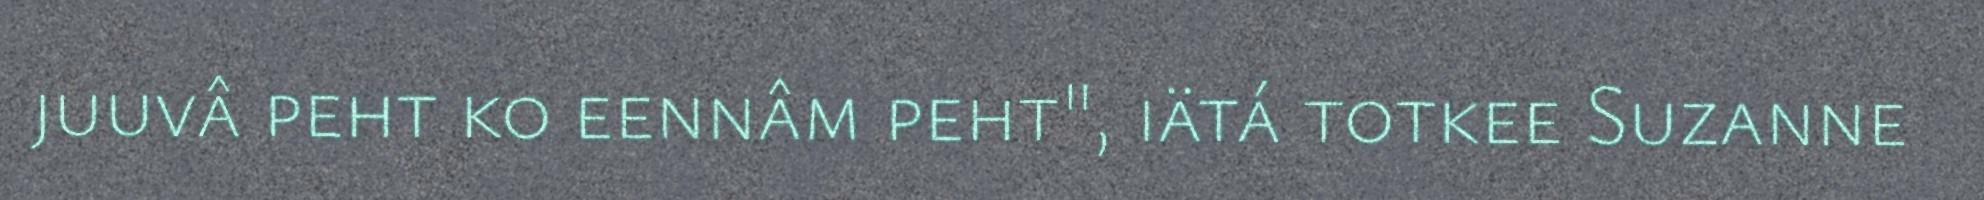
juuvâ peht ko eennâm peht", iätá totkee Suzanne